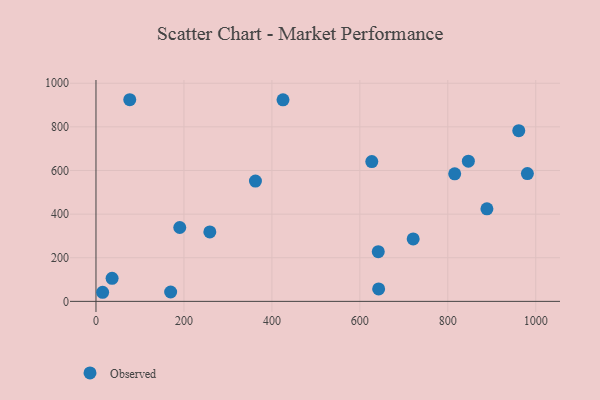
{"axis": {"x": "Price", "y": "Sales"}, "legend": ["Observed"], "data": [{"x": "642.8", "y": 57.0, "type": "Observed"}, {"x": "36.6", "y": 105.7, "type": "Observed"}, {"x": "889.0", "y": 424.1, "type": "Observed"}, {"x": "981.0", "y": 585.7, "type": "Observed"}, {"x": "15.1", "y": 41.7, "type": "Observed"}, {"x": "627.2", "y": 640.9, "type": "Observed"}, {"x": "425.3", "y": 923.7, "type": "Observed"}, {"x": "362.6", "y": 551.5, "type": "Observed"}, {"x": "815.7", "y": 584.6, "type": "Observed"}, {"x": "961.4", "y": 782.6, "type": "Observed"}, {"x": "641.9", "y": 227.6, "type": "Observed"}, {"x": "721.3", "y": 286.1, "type": "Observed"}, {"x": "76.8", "y": 924.3, "type": "Observed"}, {"x": "169.8", "y": 43.0, "type": "Observed"}, {"x": "846.8", "y": 642.6, "type": "Observed"}, {"x": "190.5", "y": 338.6, "type": "Observed"}, {"x": "258.9", "y": 318.3, "type": "Observed"}]}